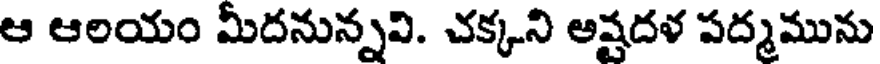
ఆ ఆలయం మీదనున్నవి. చక్కని అష్షదళ పద్మమును